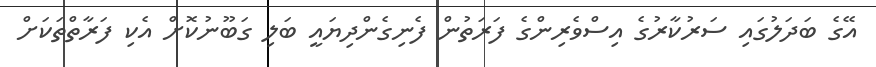
އޭގެ ބަދަލުގައި ސަރުކާރުގެ އިސްވެރިންގެ ފަރަތުން ފެނިގެންދިޔައީ ބަލި ގަބޫނުކޮށް އެކި ފަރާތްތަކަށް